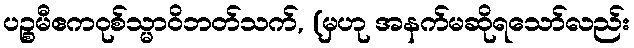
ပဉ္စမီဧကဝုစ်သ္မာဝိဘတ်သက်, (မှဟု အနက်မဆိုရသော်လည်း